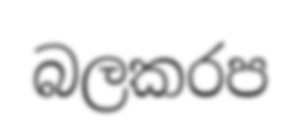
බලකරප